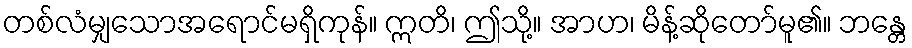
တစ်လံမျှသောအရောင်မရှိကုန်။ ဣတိ၊ ဤသို့။ အာဟ၊ မိန့်ဆိုတော်မူ၏။ ဘန္တေ